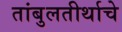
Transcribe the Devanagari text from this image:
तांबुलतीर्थाचे